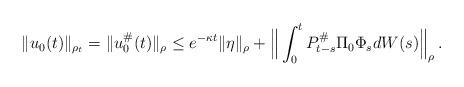
LaTeX: \begin{align*}\Vert u_0(t)\Vert_{\rho_t} = \Vert u_0^\#(t)\Vert_\rho \leq e^{-\kappa t}\Vert \eta\Vert_\rho + \Big\Vert \int_0^t P_{t-s}^\# \Pi_0\Phi_s dW(s)\Big\Vert_\rho\, . \end{align*}